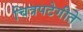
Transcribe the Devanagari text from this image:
चित्रपटेगीते